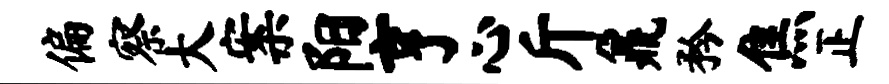
偏察大案阳亨心斤鼐矜焦正